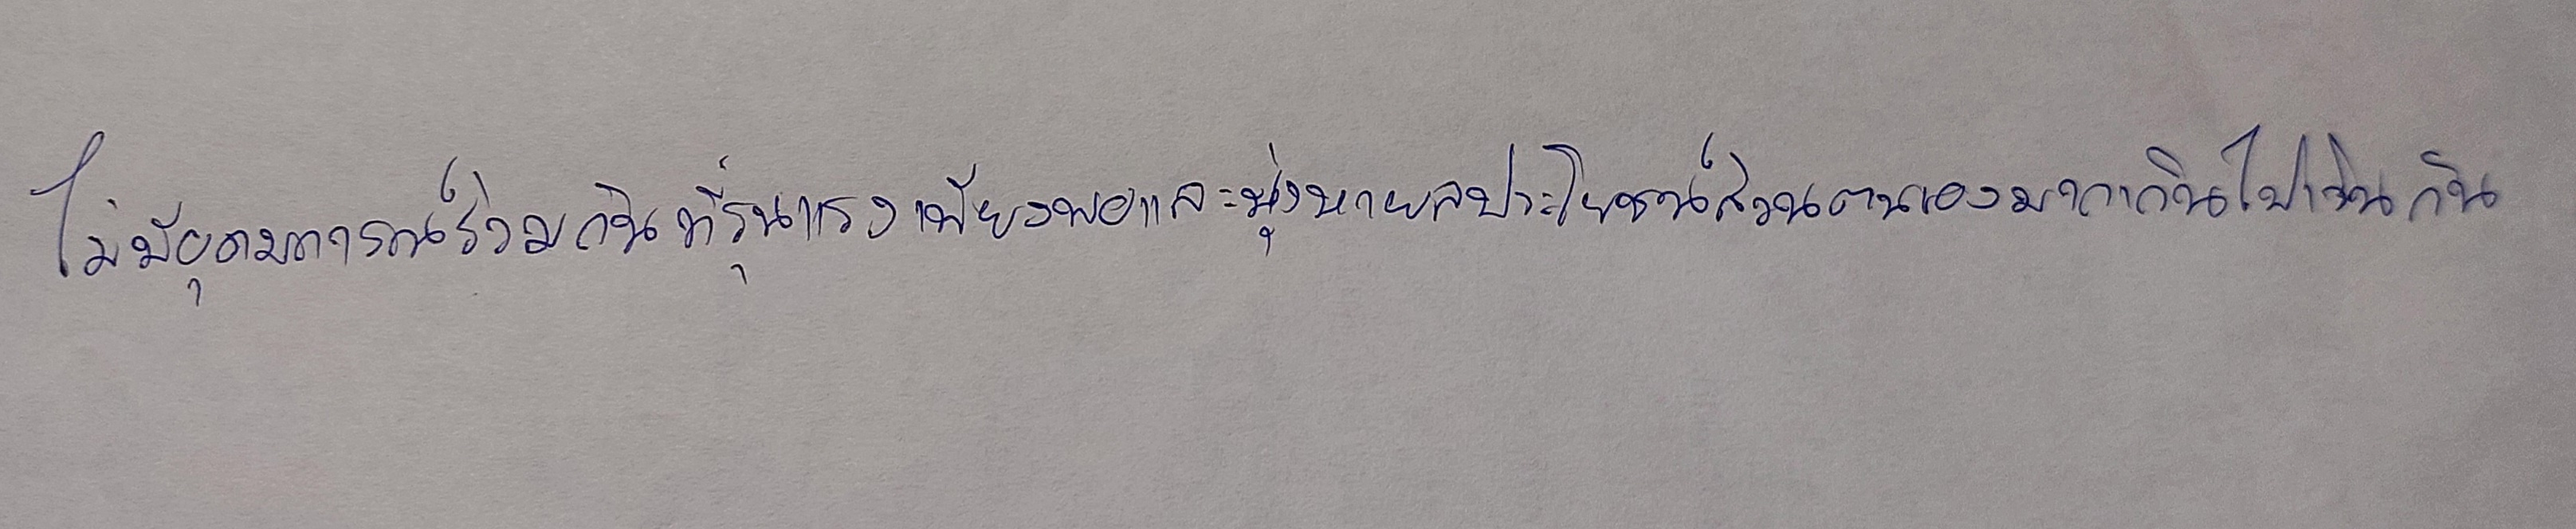
ไม่มีอุดมการณ์ร่วมกันที่รุนแรงเพียงพอและมุ่งหาผลประโยชน์ส่วนตนเองมากเกินไปเช่นกัน